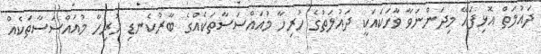
ދައުލަތް އޮޅިފައޭ މިދަންނަވާ ވާހަކައަކީ ދައުލަތުގެ ހުރިހާ މުއައްސަސާތަކެއްގެ ބާރުކެނޑި ހުރިހާ މުއައްސަސާތަކެއް